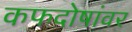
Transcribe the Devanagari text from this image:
कफदोषांवर